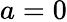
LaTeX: a=0